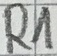
Text: R1